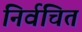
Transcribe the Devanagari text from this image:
निर्वचित